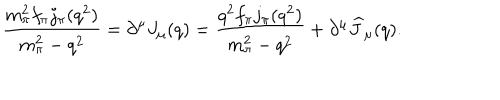
LaTeX: \displaystyle { \frac { m _ { \pi } ^ { 2 } f _ { \pi } j _ { \pi } ( q ^ { 2 } ) } { m _ { \pi } ^ { 2 } - q ^ { 2 } } = \partial ^ { \mu } J _ { \mu } ( q ) = \frac { q ^ { 2 } f _ { \pi } j _ { \pi } ( q ^ { 2 } ) } { m _ { \pi } ^ { 2 } - q ^ { 2 } } + \partial ^ { \mu } \widehat J _ { \mu } ( q ) . }